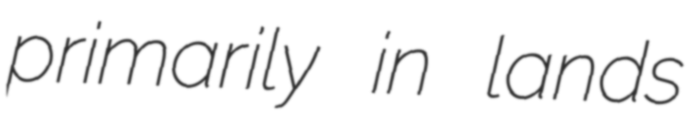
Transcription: primarily in lands